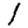
Digit: 1